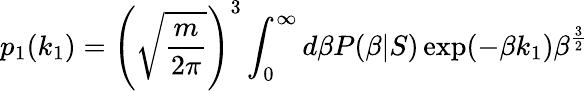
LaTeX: p_{1}(k_{1})=\left(\sqrt{\frac{m}{2\pi}}\right)^{3}\int_{0}^{\infty}d\beta P(\beta|S)\exp(-\beta k_{1})\beta^{\frac{3}{2}}